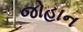
જોહાન